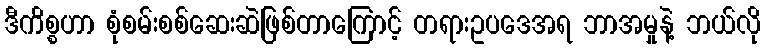
ဒီကိစ္စဟာ စုံစမ်းစစ်ဆေးဆဲဖြစ်တာကြောင့် တရားဥပဒေအရ ဘာအမှုနဲ့ ဘယ်လို